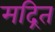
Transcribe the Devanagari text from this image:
मद्रित